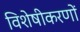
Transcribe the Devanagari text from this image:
विशेषीकरणों